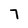
Character: 7